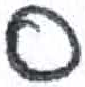
אות: ס